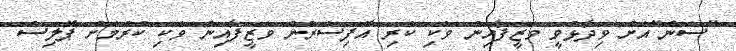
"ސަން"އަށް ވިދާޅުވީ ވަޒީފާއިން ވަކި ކުރި އޮފިސަރުން ވަޒީފާއިން ވަކި ކުރުމަށް ޕޮލިސް